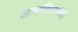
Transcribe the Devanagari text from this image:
अभागितांची